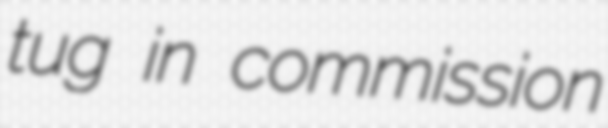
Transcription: tug in commission